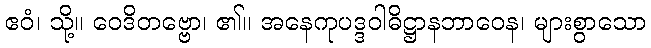
ဧဝံ၊ သို့။ ဝေဒိတဗ္ဗော၊ ၏။ အနေကုပဒ္ဒဝါဓိဋ္ဌာနဘာဝေန၊ များစွာသော